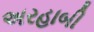
અરહાબી